Source: Handwritten
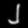
Digit: ၂ (2)